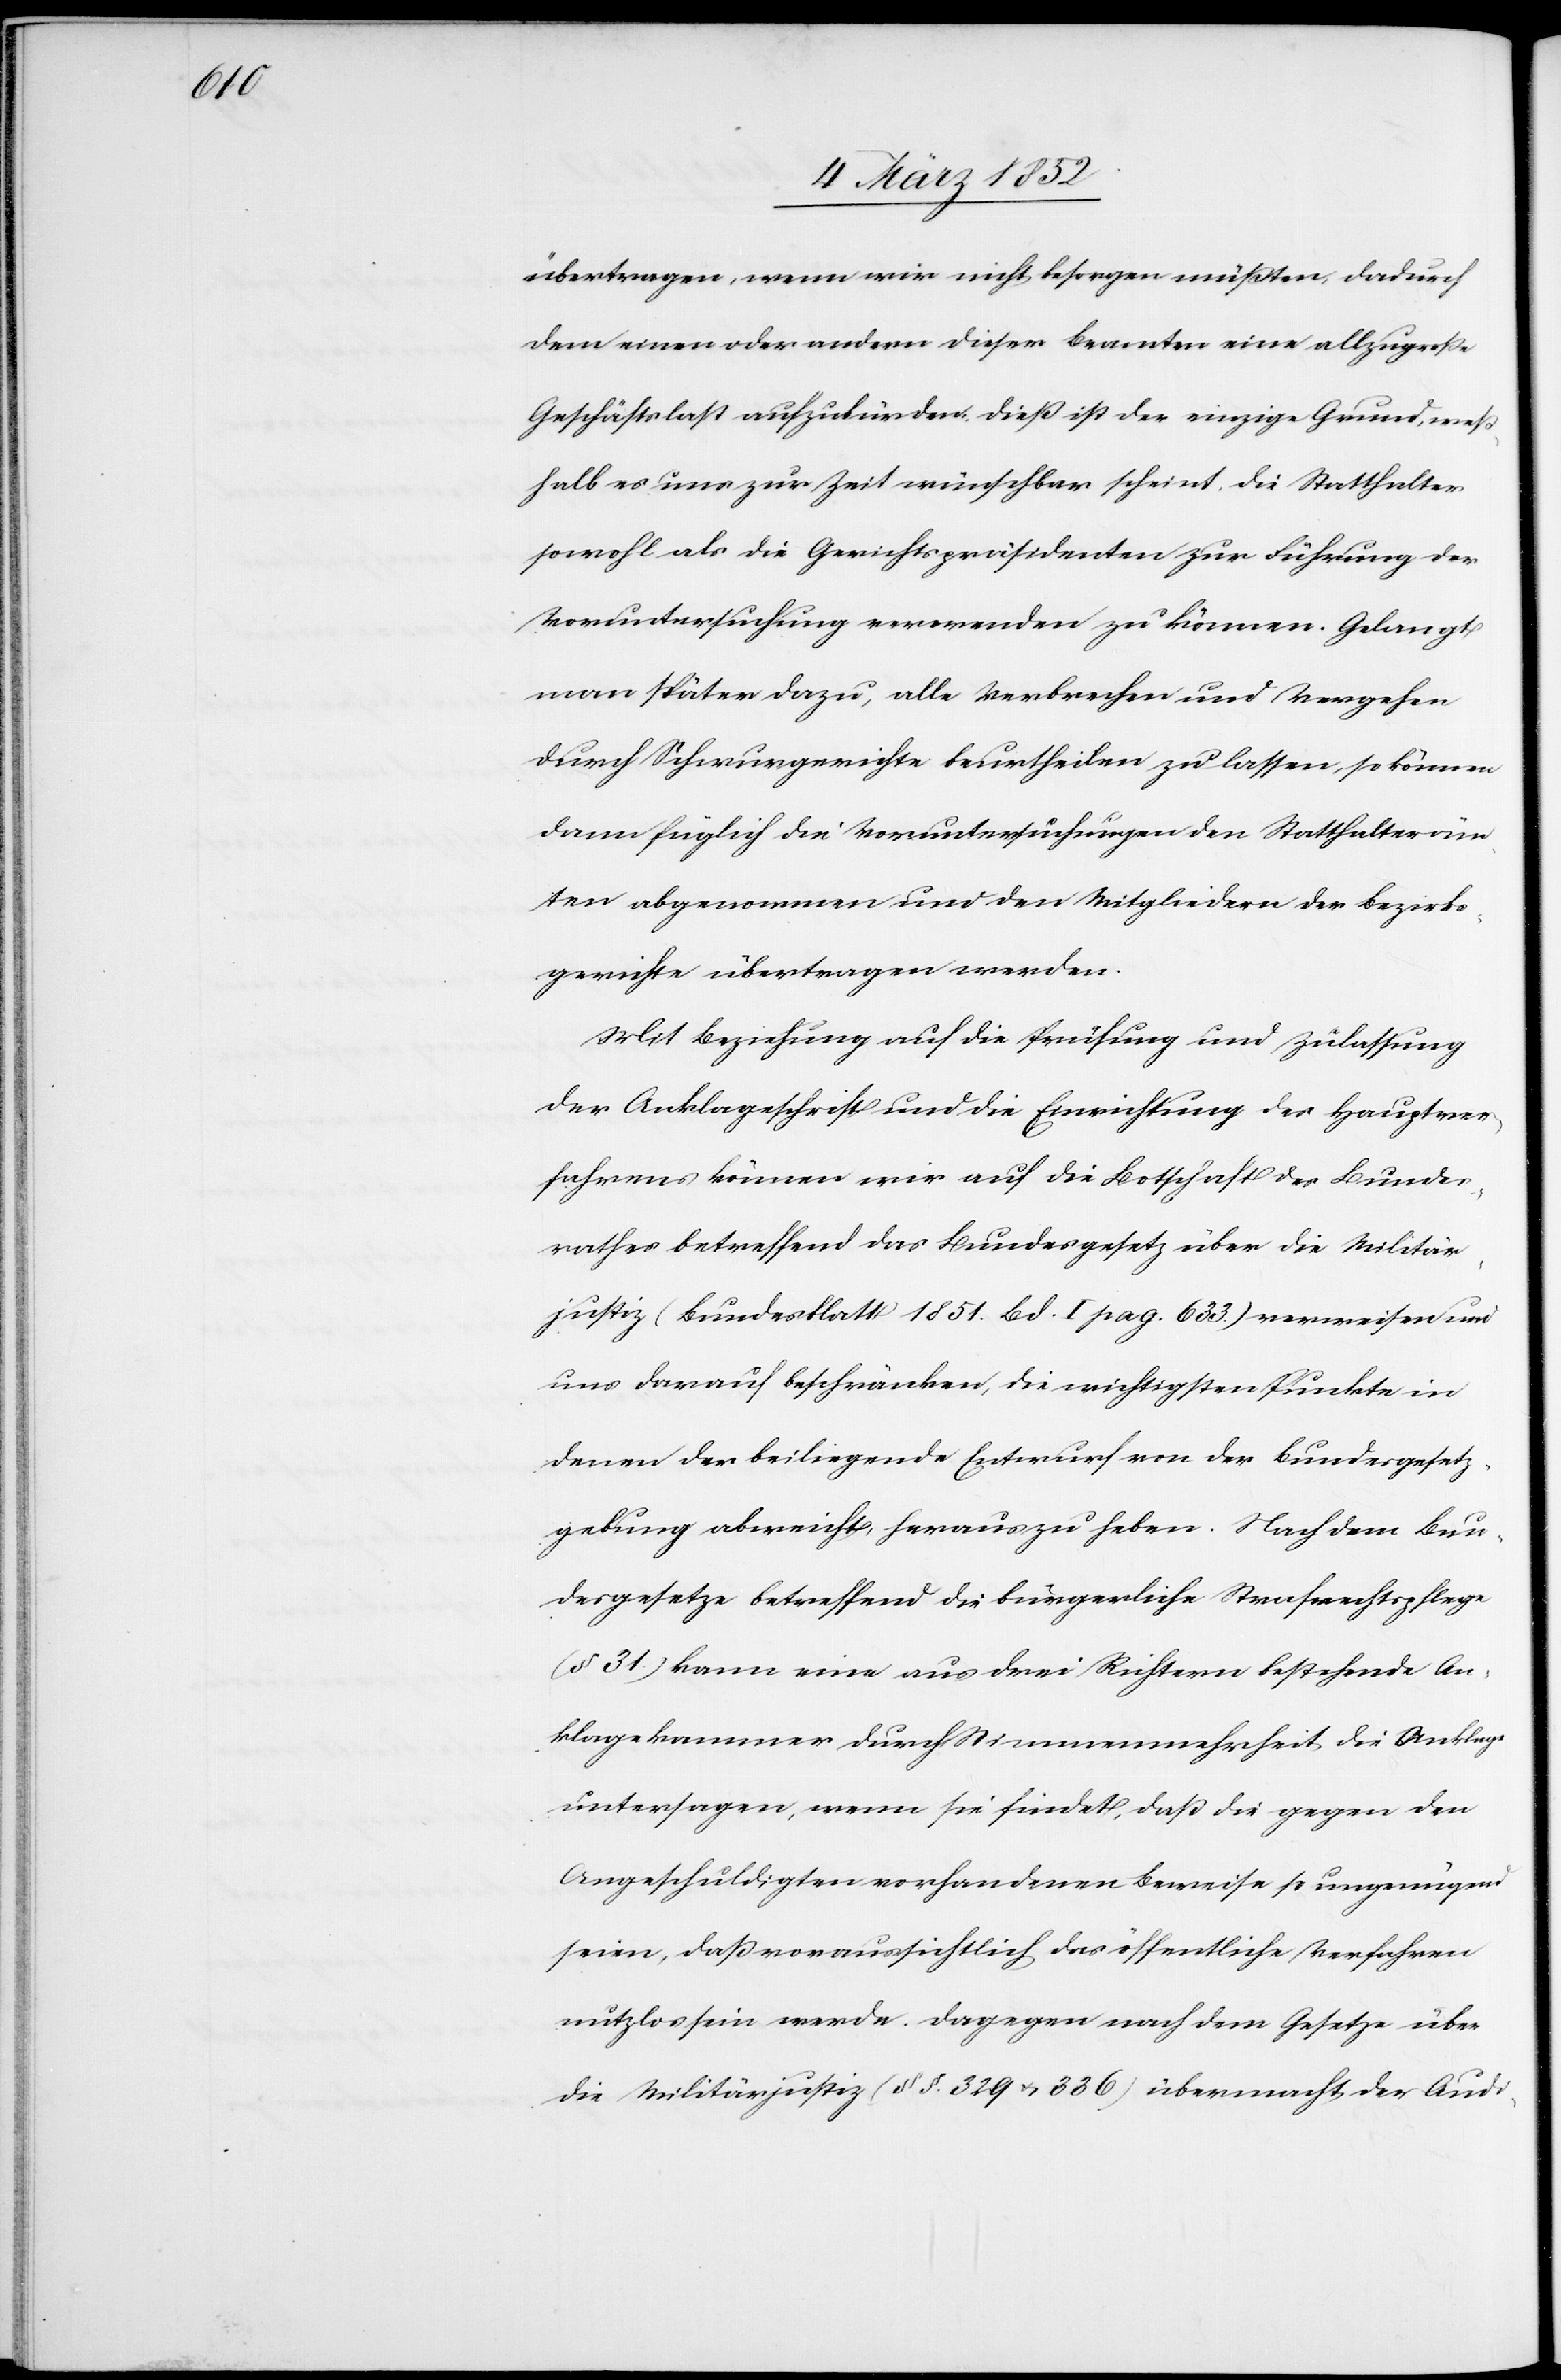
übertragen, wenn wir nicht besorgen müßten, dadurch
dem einen oder andern dieser Beamten eine allzugroße
Geschäftslast aufzubürden dieß ist der einzige Grund, weß¬
halb es uns zur Zeit wünschbar scheint, die Statthalter
sowohl als die Gerichtspräsidenten zur Führung der
Voruntersuchung verwenden zu können. Gelangt
man später dazu, alle Verbrechen und Vergehen
durch Schwurgerichte beurtheilen zu lassen, so können
dann füglich die Voruntersuchungen den Statthalteräm¬
tern abgenommen und den Mitgliedern der Bezirks¬
gerichte übertragen werden.
Mit Beziehung auf die Prüfung und Zulassung
der Anklageschrift und die Einrichtung des Hauptver¬
fahrens können wir auf die Bothschaft des Bundes¬
rathes betreffend das Bundesgesetz über die Militär¬
justiz (Bundesblatt 1851. Bd. I pag. 633.) verweisen und
uns darauf beschränken, die wichtigsten Punkte in
denen der beiliegenden Entwurf von der Bundesgesetz¬
gebung abweicht herauszuheben. Nach dem Bun¬
desgesetze betreffend die bürgerliche Strafrechtspflege
(§ 31) kann eine aus drei Richtern bestehende An¬
klagekammer durch Stimmenmehrheit die Anklage
untersagen, wenn sie findet, daß die gegen den
Angeschuldigten vorhandenen Beweise so ungenügend
seien, daß voraussichtlich das öffentliche Verfahren
nutzlos sein werde. Dagegen nach dem Gesetze über
die Militärjustiz (§§. 329 u. 336) übermacht der Audi-